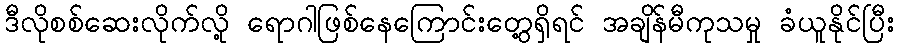
ဒီလိုစစ်ဆေးလိုက်လို့ ရောဂါဖြစ်နေကြောင်းတွေ့ရှိရင် အချိန်မီကုသမှု ခံယူနိုင်ပြီး